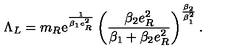
\Lambda _ { L } = m _ { R } \mathrm { e } ^ { \frac { 1 } { \beta _ { 1 } e _ { R } ^ { 2 } } } \left( \frac { \beta _ { 2 } e _ { R } ^ { 2 } } { \beta _ { 1 } + \beta _ { 2 } e _ { R } ^ { 2 } } \right) ^ { \frac { \beta _ { 2 } } { \beta _ { 1 } ^ { 2 } } } .